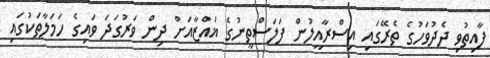
ފާއިތުވި ދެދުވަހުގެ ތެރޭގައި އިސްރާއީލުން ފަލަސްތީނުގެ ޣައްޒާއަށް ދިން ވަރުގަދަ ވައިގެ ހަމަލާތަކުގައި